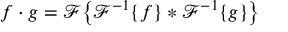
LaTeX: f \cdot g = { \mathcal { F } } { \big \{ } { \mathcal { F } } ^ { - 1 } \{ f \} * { \mathcal { F } } ^ { - 1 } \{ g \} { \big \} }